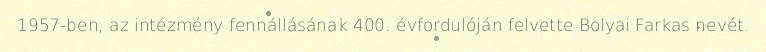
1957-ben, az intézmény fennállásának 400. évfordulóján felvette Bolyai Farkas nevét.